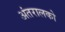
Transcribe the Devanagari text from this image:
अंतरालको